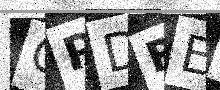
Text: QPDRE0